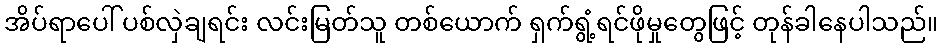
အိပ်ရာပေါ် ပစ်လှဲချရင်း လင်းမြတ်သူ တစ်ယောက် ရှက်ရွံ့ရင်ဖိုမှုတွေဖြင့် တုန်ခါနေပါသည်။